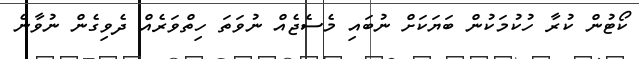
ކޯޓުން ކުރާ ހުކުމަކުން ބަޔަކަށް ނުބައި މެސެޖެއް ނުވަތަ ހިތްވަރެއް ދެވިގެން ނުވާނެ